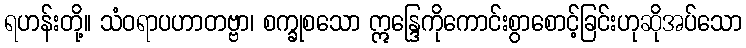
ရဟန်းတို့။ သံဝရာပဟာတဗ္ဗာ၊ စက္ခုစသော ဣန္ဒြေကိုကောင်းစွာစောင့်ခြင်းဟုဆိုအပ်သော